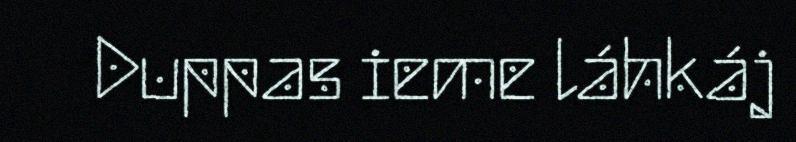
Duppas ieme láhkáj